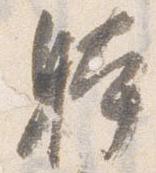
躰